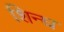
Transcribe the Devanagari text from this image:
शिन्घ